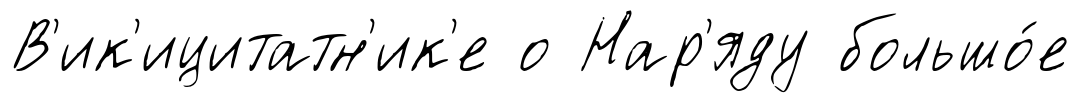
В'ик'ицитатн'ик'е о Нар'яду большо́е